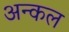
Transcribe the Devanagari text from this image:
अन्कल